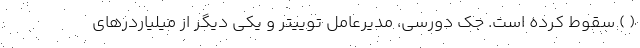
( ) سقوط کرده است. جک دورسی، مدیرعامل توییتر و یکی دیگر از میلیاردرهای